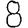
Digit: 8